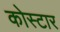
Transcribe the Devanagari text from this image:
कोस्टार